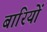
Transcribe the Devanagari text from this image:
बारियों